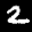
Label: 2